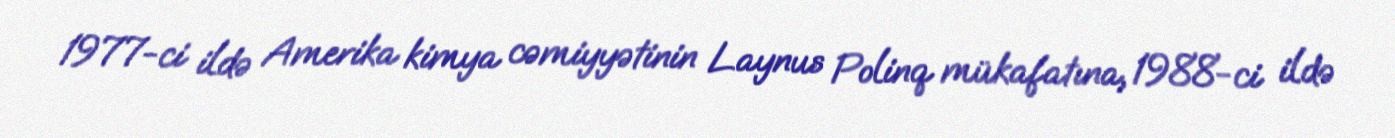
1977-ci ildə Amerika kimya cəmiyyətinin Laynus Polinq mükafatına, 1988-ci ildə